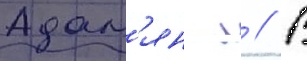
Адам'ян л // В